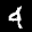
Label: 4